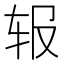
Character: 𬨃